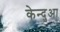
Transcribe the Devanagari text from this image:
केन्‍दुआ